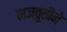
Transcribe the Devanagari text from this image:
मजबुतीने